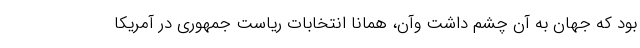
بود که جهان به آن چشم داشت وآن، همانا انتخابات ریاست جمهوری در آمریکا